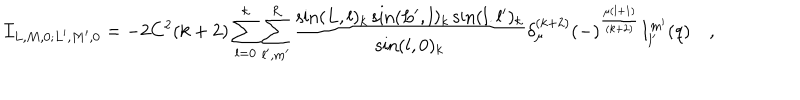
LaTeX: { \cal I } _ { L , M , 0 ; L ^ { \prime } , M ^ { \prime } , 0 } = - 2 C ^ { 2 } ( k + 2 ) \sum _ { l = 0 } ^ { k } \sum _ { l ^ { \prime } , m ^ { \prime } } ^ { R } { \frac { \sin ( L , l ) _ { k } \sin ( L ^ { \prime } , l ) _ { k } \sin ( l . l ^ { \prime } ) _ { k } } { \sin ( l , 0 ) _ { k } } } \delta _ { \mu } ^ { ( k + 2 ) } ( - ) ^ { \frac { \mu ( l + 1 ) } { ( k + 2 ) } } I _ { l ^ { \prime } } ^ { m ^ { \prime } } ( q ) \quad ,